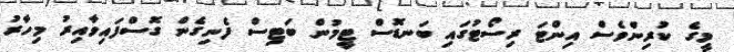
މީގެ ކުރިންވެސް އިންޓަ ރިސޯޓުގައި ބަނޑޮސް ޓީމުން ބަޓިސް ފެނިގެން ގޮސްފައިވާއިރު މިހާރު